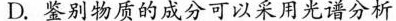
D. 鉴别物质的成分可以采用光谱分析